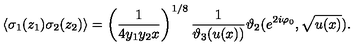
\langle \sigma _ { 1 } ( z _ { 1 } ) \sigma _ { 2 } ( z _ { 2 } ) \rangle = \left( \frac { 1 } { 4 y _ { 1 } y _ { 2 } x } \right) ^ { 1 / 8 } \frac { 1 } { \vartheta _ { 3 } ( u ( x ) ) } \vartheta _ { 2 } ( e ^ { 2 i \varphi _ { 0 } } , \sqrt { u ( x ) } ) .